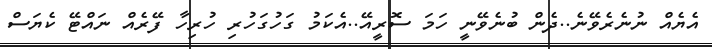
އެޔެއް ނުނެރެވޭނެ..ދެން ބުނެވޭނީ ހަމަ ސޮރީއޭ..އެކަމު ގަހުގަހުރި ހުރިހާ ފޭރެއް ނައްޓޭ ކެޔަސް